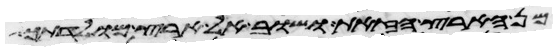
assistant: מן הארץ הזאת ושוב אל ארץ מולדתך